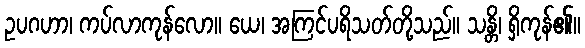
ဥပဂဟာ၊ ကပ်လာကုန်လော။ ယေ၊ အကြင်ပရိသတ်တို့သည်။ သန္တိ၊ ရှိကုန်၏။